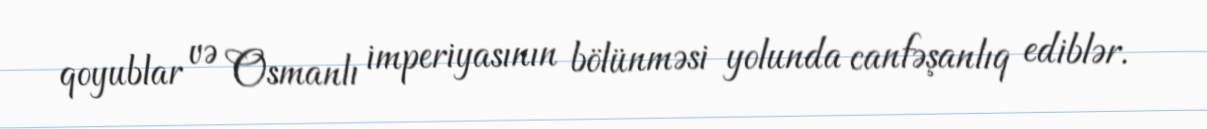
qoyublar və Osmanlı imperiyasının bölünməsi yolunda canfəşanlıq ediblər.